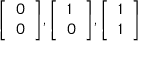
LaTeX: { \left[ \begin{array} { l } { 0 } \\ { 0 } \end{array} \right] } , { \left[ \begin{array} { l } { 1 } \\ { 0 } \end{array} \right] } , { \left[ \begin{array} { l } { 1 } \\ { 1 } \end{array} \right] }